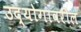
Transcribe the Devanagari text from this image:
उद्योगावरील